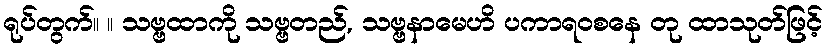
ရုပ်တွက်။ ။ သဗ္ဗထာကို သဗ္ဗတည်, သဗ္ဗနာမေဟိ ပကာရဝစနေ တု ထာသုတ်ဖြင့်